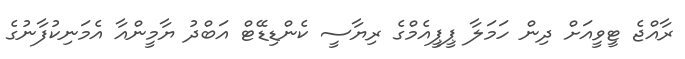
ރާއްޖެ ޓީވީއަށް ދިން ހަމަލާ ޕީޕީއެމްގެ ރިޔާސީ ކެންޑިޑޭޓް އަބްދު ޔާމީންއާ އެމަނިކުފާނުގެ